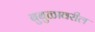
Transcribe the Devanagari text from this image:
बुबुळावरील